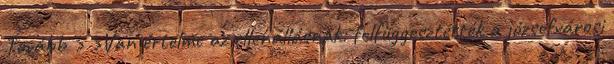
Tovább › ›Van értelme az ellenállásnak: felfüggesztették a józsefvárosi